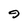
Character: 9